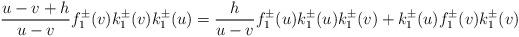
LaTeX: \begin{align*}\frac{u-v+h}{u-v}f_{1}^{\pm}(v)k_{1}^{\pm}(v)k_{1}^{\pm}(u)=\frac{h}{u-v}f_{1}^{\pm}(u)k_{1}^{\pm}(u)k_{1}^{\pm}(v)+k_{1}^{\pm}(u)f_{1}^{\pm}(v)k_{1}^{\pm}(v)\end{align*}